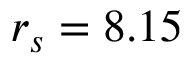
r _ { s } = 8 . 1 5